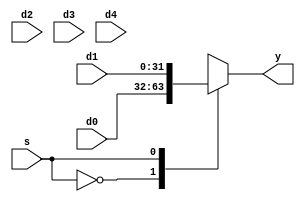

//////////////////////////////////////////////////////////////////////////////////
// Company: 
// Engineer: 
// 
// Design Name: 
// Module Name:    mux 
// Project Name: 
// Target Devices: 
// Tool versions: 
// Description: 
//
// Dependencies: 
//
// Revision: 
// Revision 0.01 - File Created
// Additional Comments: 
//
//////////////////////////////////////////////////////////////////////////////////
module mux(s, y,d0, d1, d2, d3,d4);
    parameter num=2,sigwid=1,width=32; //sigwid width
    input [width-1:0]d0;
    input [width-1:0]d1;
    input [width-1:0]d2;
    input [width-1:0]d3;
	 input [width-1:0]d4;
    input [sigwid-1:0]s;
    output reg [width-1:0]y;
    always@(s or d0 or d1 or d2 or d3 or d4)
      case(s)
        0:y=d0;
        1:y=d1;
        2:y=d2;
        3:y=d3;
		  4:y=d4;
        default:y=0;
      endcase
endmodule